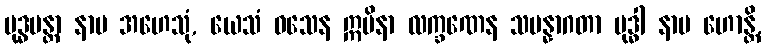
ဗုဒ္ဓမန္တာ နာမ အဟေသုံ, ယေသံ ဝသေန ဣမိနာ လက္ခဏေန သမန္နာဂတာ ဗုဒ္ဓါ နာမ ဟောန္တိ,